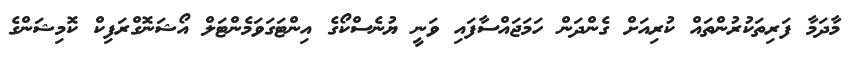
މާދަމާ ފަރިތަކުރުންތައް ކުރިއަށް ގެންދަން ހަމަޖައްސާފައި ވަނީ ޔުނެސްކޯގެ އިންޓަގަވަމެންޓަލް އޯޝަނޮގްރަފިކް ކޮމިޝަންގެ